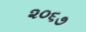
૨૦૬૭